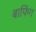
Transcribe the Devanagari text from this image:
बाफिंग